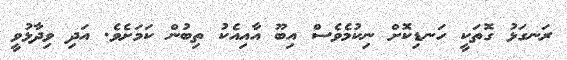
ރަނގަޅު ގޮތަކީ ހަނޑިކޮށް ނިކުމެވެސް އިބޫ އާއިއެކު ތިބުން ކަމަށެވެ. އަދި ވިދާޅުވީ